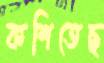
কশিতেছ